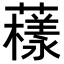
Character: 𧁒